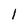
Character: l